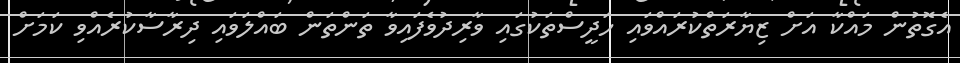
އެގޮތުން މައްކާ އަށް ޒިޔާރަތްކުރައްވައި ހަދީސްތަކުގައި ވާރިދުވެފައިވާ ތަންތަން ބައްލަވައި ދިރާސާކުރެއްވި ކަމަށް